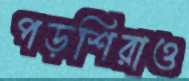
পড়শিরাও